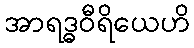
အာရဒ္ဓဝီရိယေဟိ